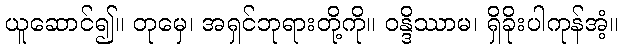
ယူဆောင်၍။ တုမှေ၊ အရှင်ဘုရားတို့ကို။ ဝန္ဒိဿာမ၊ ရှိခိုးပါကုန်အံ့။